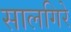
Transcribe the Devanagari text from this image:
सालगिरे